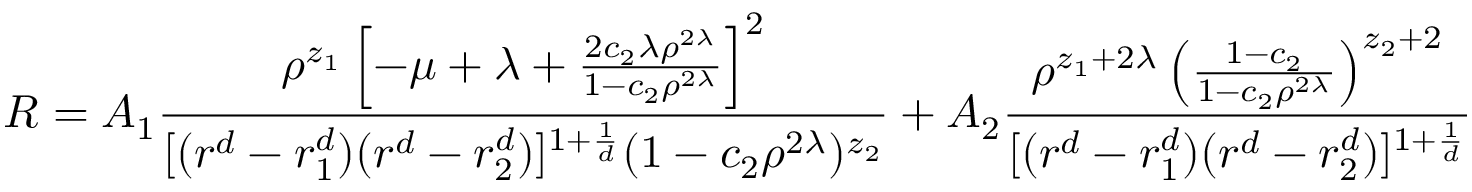
R = A _ { 1 } { \frac { \rho ^ { z _ { 1 } } \left[ - \mu + \lambda + { \frac { 2 c _ { 2 } \lambda \rho ^ { 2 \lambda } } { 1 - c _ { 2 } \rho ^ { 2 \lambda } } } \right] ^ { 2 } } { [ ( r ^ { d } - r _ { 1 } ^ { d } ) ( r ^ { d } - r _ { 2 } ^ { d } ) ] ^ { 1 + { \frac { 1 } { d } } } ( 1 - c _ { 2 } \rho ^ { 2 \lambda } ) ^ { z _ { 2 } } } } + A _ { 2 } { \frac { \rho ^ { z _ { 1 } + 2 \lambda } \left( { \frac { 1 - c _ { 2 } } { 1 - c _ { 2 } \rho ^ { 2 \lambda } } } \right) ^ { z _ { 2 } + 2 } } { [ ( r ^ { d } - r _ { 1 } ^ { d } ) ( r ^ { d } - r _ { 2 } ^ { d } ) ] ^ { 1 + { \frac { 1 } { d } } } } }